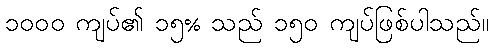
၁၀၀၀ ကျပ်၏ ၁၅% သည် ၁၅၀ ကျပ်ဖြစ်ပါသည်။